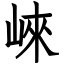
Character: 崍